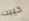
خيبت